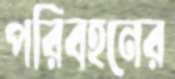
পরিবহনের